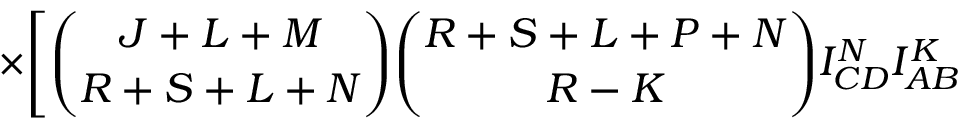
\times \Biggl [ { \binom { J + L + M } { R + S + L + N } } { \binom { R + S + L + P + N } { R - K } } I _ { C D } ^ { N } I _ { A B } ^ { K }